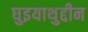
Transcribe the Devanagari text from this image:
घुइयाथुद्दीन